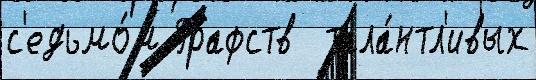
с'едьмо́м Графств  тала́нтл'ивых